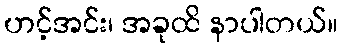
ဟင့်အင်း၊ အခုထိ နာပါတယ်။